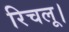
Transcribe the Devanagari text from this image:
रिचलू।